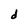
Character: d